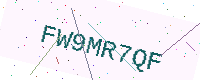
Text: FW9MR7QF